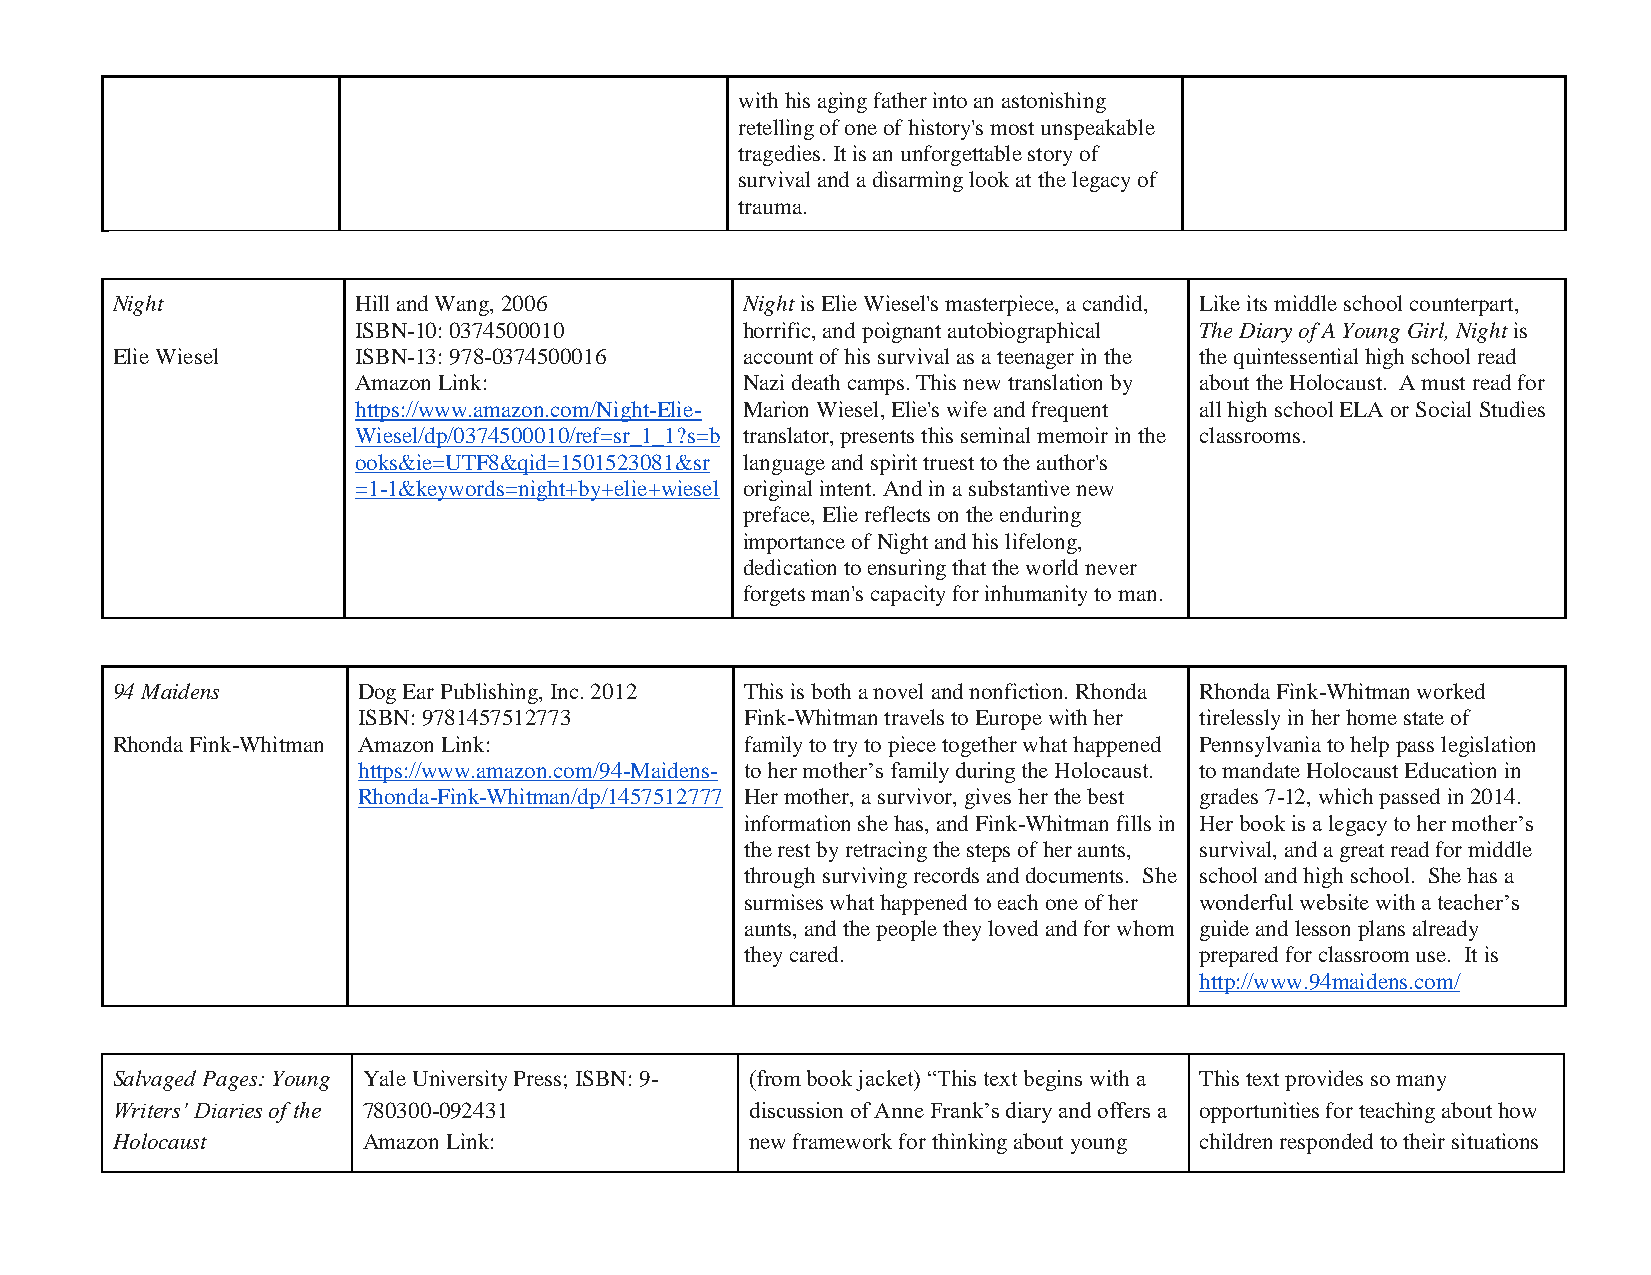
with his aging father into an astonishing
 retelling of one of history's most unspeakable
 tragedies. It is an unforgettable story of
 survival and a disarming look at the legacy of
 trauma.
 Night           Hill and Wang, 2006       Night is Elie Wiesel's masterpiece, a candid, Like its middle school counterpart,
 ISBN-10: 0374500010       horrific, and poignant autobiographical The Diary of A Young Girl, Night is
 Elie Wiesel     ISBN-13: 978-0374500016   account of his survival as a teenager in the the quintessential high school read
 Amazon Link:              Nazi death camps. This new translation by about the Holocaust. A must read for
 https://www.amazon.com/Night-Elie- Marion Wiesel, Elie's wife and frequent all high school ELA or Social Studies
 Wiesel/dp/0374500010/ref=sr_1_1?s=b translator, presents this seminal memoir in the classrooms.
 ooks&ie=UTF8&qid=1501523081&sr language and spirit truest to the author's
 =1-1&keywords=night+by+elie+wiesel original intent. And in a substantive new
 preface, Elie reflects on the enduring
 importance of Night and his lifelong,
 dedication to ensuring that the world never
 forgets man's capacity for inhumanity to man.
 94 Maidens       Dog Ear Publishing, Inc. 2012 This is both a novel and nonfiction. Rhonda Rhonda Fink-Whitman worked
 ISBN: 9781457512773      Fink-Whitman travels to Europe with her tirelessly in her home state of
 Rhonda Fink-Whitman Amazon Link:          family to try to piece together what happened Pennsylvania to help pass legislation
 https://www.amazon.com/94-Maidens- to her mother’s family during the Holocaust. to mandate Holocaust Education in
 Rhonda-Fink-Whitman/dp/1457512777 Her mother, a survivor, gives her the best grades 7-12, which passed in 2014.
 information she has, and Fink-Whitman fills in Her book is a legacy to her mother’s
 the rest by retracing the steps of her aunts, survival, and a great read for middle
 through surviving records and documents. She school and high school. She has a
 surmises what happened to each one of her wonderful website with a teacher’s
 aunts, and the people they loved and for whom guide and lesson plans already
 they cared.                   prepared for classroom use. It is
 http://www.94maidens.com/
 Salvaged Pages: Young Yale University Press; ISBN: 9- (from book jacket) “This text begins with a This text provides so many
 Writers’ Diaries of the 780300-092431      discussion of Anne Frank’s diary and offers a opportunities for teaching about how
 Holocaust        Amazon Link:              new framework for thinking about young children responded to their situations